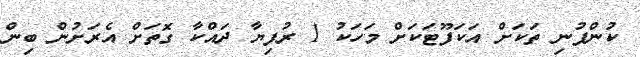
ކުންފުނި ތަަަކަށް އަކަފޫޓަކަށް މަހަކު 1 ރުފިޔާ ދައްކާ ގޮތަށް އެރަށުން ބިން